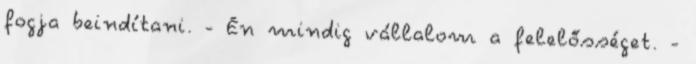
fogja beindítani. - Én mindig vállalom a felelősséget. -